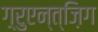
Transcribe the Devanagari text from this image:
ग़्रुएन्त्ज़िग